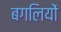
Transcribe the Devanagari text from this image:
बगलियों